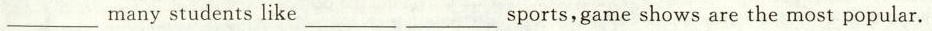
_________manystudentslike_________ _________sports,game shows are the most popular.